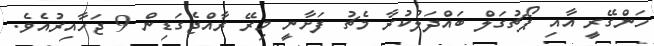
ހަންގޭރީ އާއި ޕޯޗުގަލް ބައްދަލުކުރާ މެޗު ފަށާނީ މިރޭ ރާއްޖެގަޑިން 9 ޖަހާއިރުއެވެ.